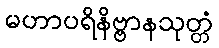
မဟာပရိနိဗ္ဗာနသုတ္တံ